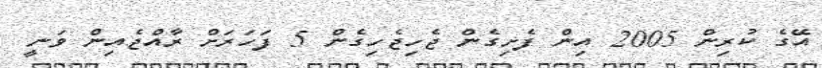
އޭގެ ކުރިން 2005 އިން ފެށިގެން ޖެހިޖެހިގެން 5 ފަހަރަށް ރާއްޖެއިން ވަނީ